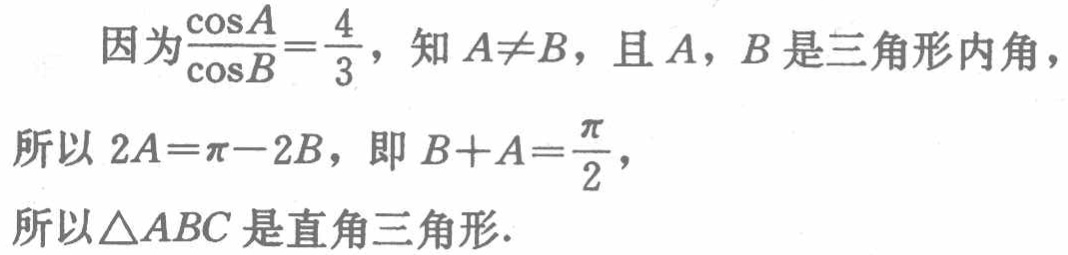
因为$\frac{\cos A}{\cos B}=\frac{4}{3}$，知$A\neq B$，且$A$，$B$是三角形内角，

所以$2A = \pi - 2B$，即$B + A=\frac{\pi}{2}$，

所以$\triangle ABC$是直角三角形.